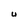
Character: U